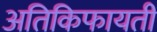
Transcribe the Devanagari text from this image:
अतिकिफायती